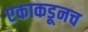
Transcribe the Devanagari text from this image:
एकाकडूनच